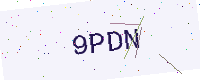
Text: 9PDN